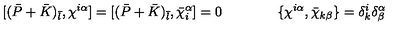
\lbrack ( \bar { P } + \bar { K } ) _ { \bar { l } } , \chi ^ { i \alpha } \rbrack = \lbrack ( \bar { P } + \bar { K } ) _ { \bar { l } } , \bar { \chi } _ { i } ^ { \alpha } \rbrack = 0 \qquad \qquad \{ \chi ^ { i \alpha } , \bar { \chi } _ { k \beta } \} = \delta _ { k } ^ { i } \delta _ { \beta } ^ { \alpha }